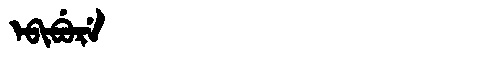
Manchu: ᡝᠪᡳᠪᡠᡵᡝ
Romanization: EBIBURE